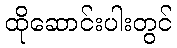
ထိုဆောင်းပါးတွင်